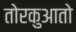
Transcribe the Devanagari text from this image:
तोरकुआतो